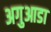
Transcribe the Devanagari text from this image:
अगुआडा